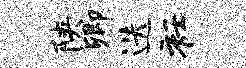
陕卿迭衽